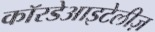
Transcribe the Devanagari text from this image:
कॉरडेआइटेलीज़